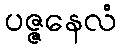
ပဇ္ဇနေလံ